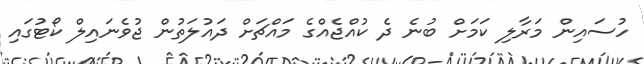
ހުސައިން މަރާލި ކަމަށް ބުނެ ދެ ކުއްޖެއްގެ މައްޗަށް ދައުލަތުން ޖުވެނައިލް ކޯޓުގައި